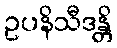
ဥပနိသီဒန္တိ